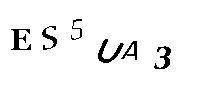
ES5UA3